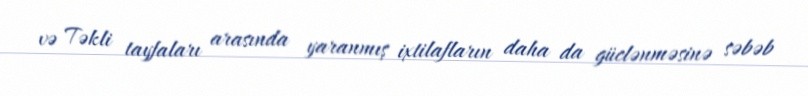
və Təkli tayfaları arasında yaranmış ixtilafların daha da güclənməsinə səbəb